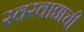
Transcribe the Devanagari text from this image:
स्वरवाद्याची